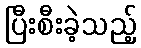
ပြီးစီးခဲ့သည့်